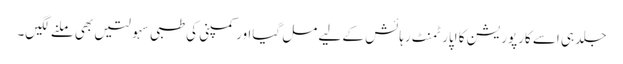
جلد ہی اسے کارپوریشن کا اپارٹمنٹ رہائش کے لیے مل گیااور کمپنی کی طبی سہولتیں بھی ملنے لگیں۔